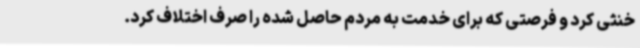
خنثی کرد و فرصتی که برای خدمت به مردم حاصل شده را صرف اختلاف کرد.